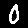
Digit: 0